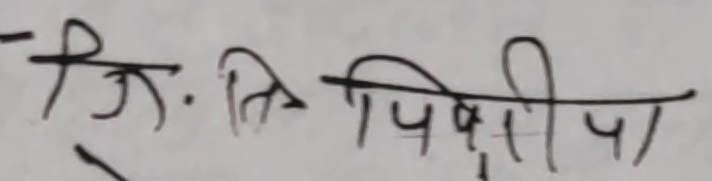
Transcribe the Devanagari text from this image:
जि: ति पिक्रीपा